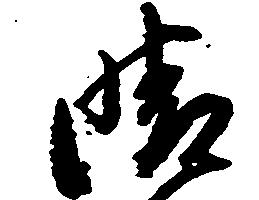
晴